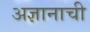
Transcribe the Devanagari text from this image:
अज्ञानाची